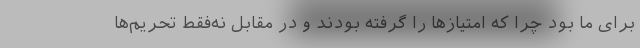
برای ما بود چرا که امتیازها را گرفته بودند و در مقابل نه‌فقط تحریم‌ها